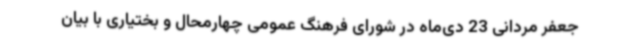
جعفر مردانی 23 دی‌ماه در شورای فرهنگ عمومی چهارمحال و بختیاری با بیان